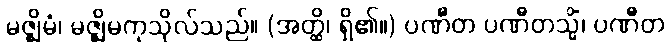
မဇ္ဈိမံ၊ မဇ္ဈိမကုသိုလ်သည်။ (အတ္ထိ၊ ရှိ၏။) ပဏီတ ပဏီတသ္မိံ၊ ပဏီတ